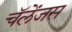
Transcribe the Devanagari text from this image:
चॅलेंजस